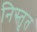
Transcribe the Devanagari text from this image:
निस्तृत